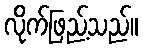
လိုက်ဖြည့်သည်။